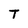
Character: T